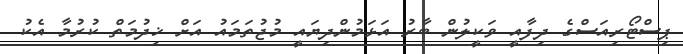
ޕިސްޓޯރިއަސްގެ ދިފާއީ ވަކީލުން ބާރު އަޅަމުންދިޔައީ މުޖުތަމައު އަށް ޚިދުމަތް ކުރުމާ އެކު